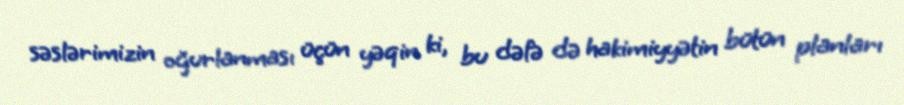
səslərimizin oğurlanması üçün yəqin ki, bu dəfə də hakimiyyətin bütün planları